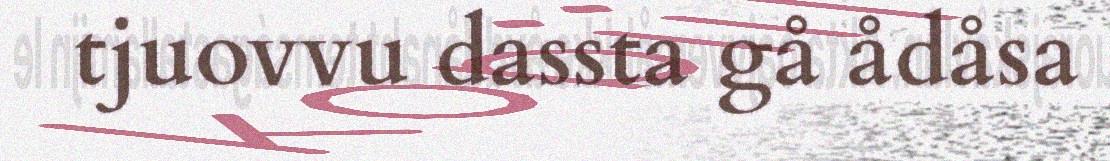
tjuovvu dassta gå ådåsa